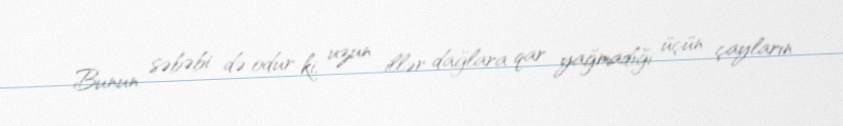
Bunun səbəbi də odur ki, uzun illər dağlara qar yağmadığı üçün çayların